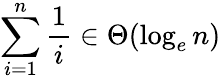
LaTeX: \sum_{i=1}^{n}{\frac{1}{i}}\in\Theta(\log_{e}n)